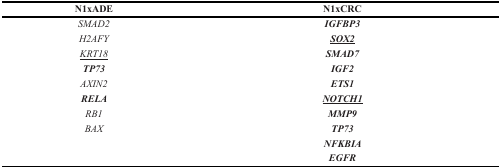
<table><thead><tr><td><b>N1xADE</b></td><td><b>N1xCRC</b></td></tr></thead><tbody><tr><td><i>SMAD2</i></td><td><b><i>IGFBP3, !</i></b></td></tr><tr><td><i>H2AFY</i></td><td><b><i>SOX2</i></b></td></tr><tr><td><i>KRT18</i></td><td><b><i>SMAD7</i></b></td></tr><tr><td><b><i>TP73</i></b></td><td><b><i>IGF2</i></b></td></tr><tr><td><i>AXIN2</i></td><td><b><i>ETS1</i></b></td></tr><tr><td><b><i>RELA</i></b></td><td><b><i>NOTCH1</i></b></td></tr><tr><td><i>RB1</i></td><td><b><i>MMP9</i></b></td></tr><tr><td><i>BAX</i></td><td><b><i>TP73</i></b></td></tr><tr><td></td><td><b><i>NFKBIA</i></b></td></tr><tr><td></td><td><b><i>EGFR</i></b></td></tr></tbody></table>